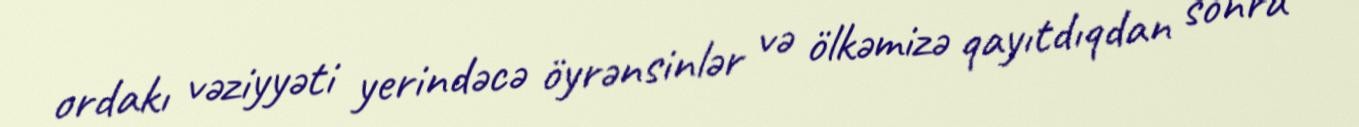
ordakı vəziyyəti yerindəcə öyrənsinlər və ölkəmizə qayıtdıqdan sonra